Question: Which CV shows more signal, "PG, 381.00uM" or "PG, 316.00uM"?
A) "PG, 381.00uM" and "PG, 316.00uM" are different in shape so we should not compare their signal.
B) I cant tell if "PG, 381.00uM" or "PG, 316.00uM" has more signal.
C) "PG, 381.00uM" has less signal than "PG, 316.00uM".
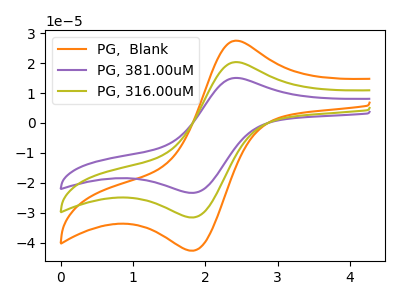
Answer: <think>The orange curve "PG,  Blank" has an anodic peak at (2.45V, 40.60uA) and a cathodic peak at (1.85V, -63.05uA). The purple curve "PG, 381.00uM" has an anodic peak at (2.45V, 15.05uA) and a cathodic peak at (1.85V, -23.30uA). The olive curve "PG, 316.00uM" has an anodic peak at (2.45V, 20.30uA) and a cathodic peak at (1.85V, -31.50uA).
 All the peaks in "PG, 381.00uM" have a peak in "PG, 316.00uM" at the same potential. Every peak in "PG, 381.00uM" is lower than every peak in "PG, 316.00uM".</think>
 <answer>C) "PG, 381.00uM" has less signal than "PG, 316.00uM".</answer>
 <eval>C</eval>